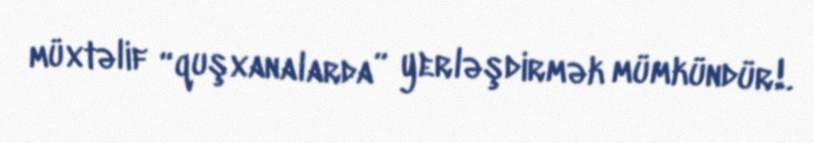
müxtəlif “quşxanalarda” yerləşdirmək mümkündür!.